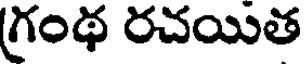
గ్రంథ రచయిత